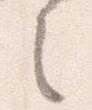
之